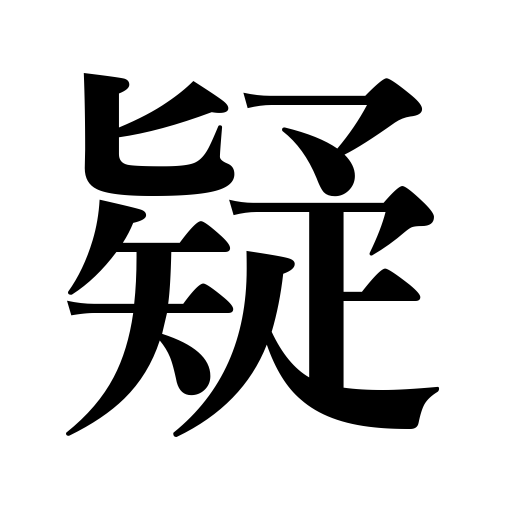
Meanings: distrust,be suspicious of,doubt